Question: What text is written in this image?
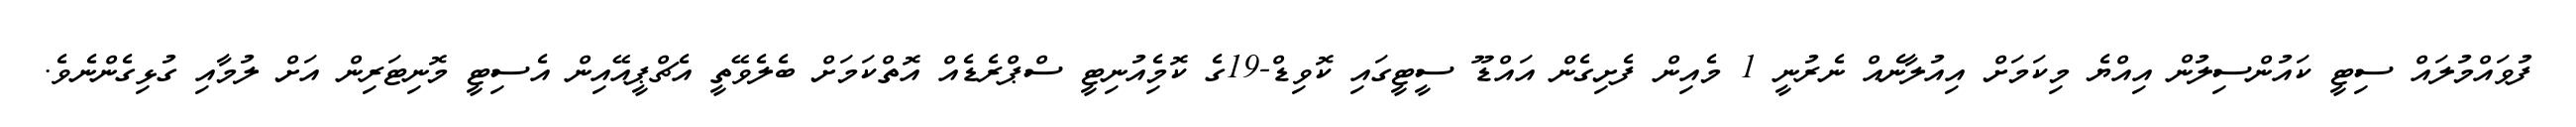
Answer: ފުވައްމުލައް ސިޓީ ކައުންސިލުން އިއްޔެ މިކަމަށް އިއުލާނެއް ނެރުނީ 1 މެއިން ފެށިގެން އައްޑޫ ސީޓީގައި ކޮވިޑް-19ގެ ކޮމެިއުނިޓީ ސްޕްރެޑެއް އޮތްކަމަށް ބެލެވޭތީ އެޗްޕީއޭއިން އެސިޓީ މޮނިޓަރިން އަށް ލުމާއި ގުޅިގެންނެވެ.